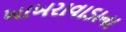
ખાખરાવાડાના